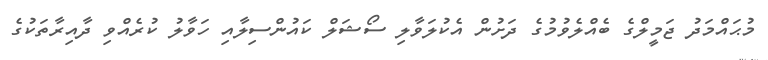
މުޙައްމަދު ޖަމީލްގެ ބެއްލެވުމުގެ ދަށުން އެކުލަވާލި ސޯޝަލް ކައުންސިލާއި ހަވާލު ކުރެއްވި ދާއިރާތަކުގެ